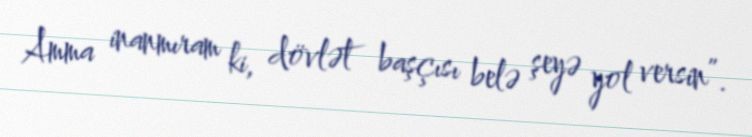
Amma inanmıram ki, dövlət başçısı belə şeyə yol versin”.